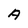
Character: A